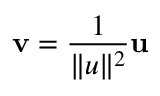
\mathbf { v } = { \frac { 1 } { \| u \| ^ { 2 } } } \mathbf { u }